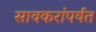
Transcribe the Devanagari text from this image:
सावकरांपर्यंत